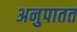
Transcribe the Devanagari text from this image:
अनुपातत